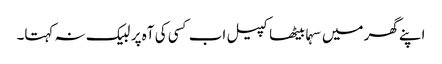
اپنے گھر میں سہما بیٹھا کپیل اب کسی کی آہ پر لبیک نہ کہتا۔